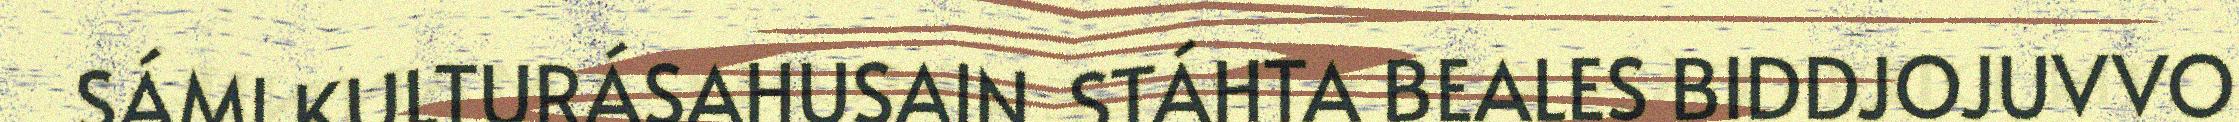
SÁMI KULTURÁSAHUSAIN. STÁHTA BEALES BIDDJOJUVVO